Vaccine operations Central Provinces & Berar 1912-1920 - 1912-1920
Year: 1912
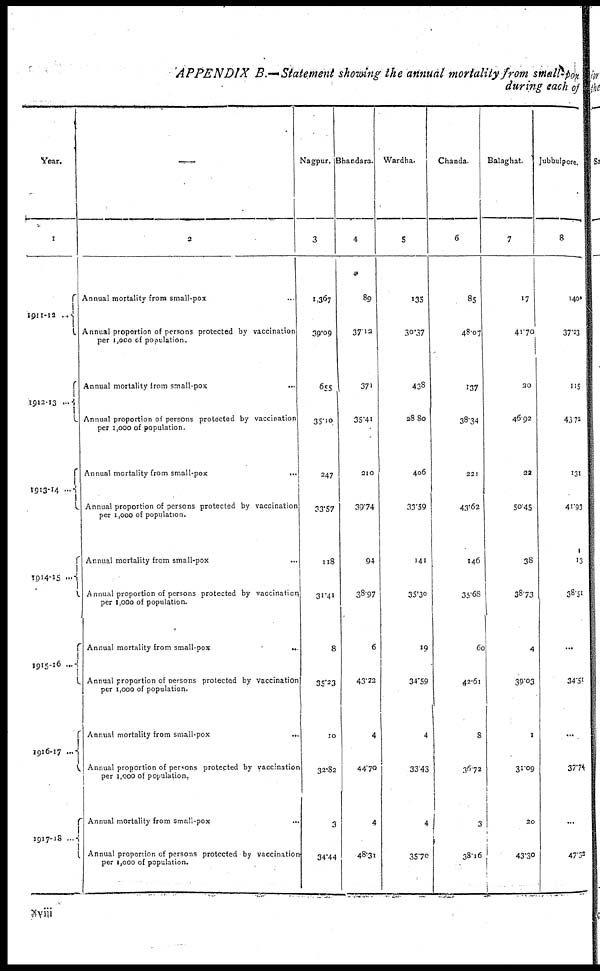
APPENDIX B.—Statement showing the annual mortality from small-pox
during each of
Year.
1
1911-12 ...
1912-13 ...
1913-14 ...
1914-15 ...
1915-16 ...
1916-17 ...
1917-18 ...
2
Annual mortality from small-pox ...
Annual proportion of persons protected by vaccination
per 1,000 of population.
Annual mortality from small-pox ...
Annual proportion of persons protected by vaccination
per 1,000 of population.
Annual mortality from small-pox
...
Annual proportion of persons protected by vaccination
per 1,000 of population.
Annual mortality from small-pox
Annual proportion of persons protected by vaccination,
per 1,000 of population.
Annual mortality from small-pox
...
Annual proportion of persons protected by vaccination
per 1,000 of population.
Annual mortality from small-pox
...
Annual proportion of persons protected by vaccination
per 1,000 of population.
Annual mortality from small-pox ...
Annual proportion of persons protected by vaccination
per 1,000 of population.
Nagpur.
3
1,367
39.09
655
35.10
247
33.57
118
31.41
8
35.23
10
32.82
3
34.44
Bhandara.
4
89
37.13
371
35.41
210
39.74
94
33.97
6
43.22
4
44.70
4
48.31
Wardha.
5
135
30.37
438
28.80
406
33.59
141
35.30
19
34.59
4
33.43
4
35.70
Chanda.
6
85
48.07
137
38.34
221
43.62
146
35.68
60
42.61
8
36.72
3
38.16
Balaghat.
7
17
41.70
30
46.92
22
50.45
38
38.73
4
39.03
1
31.09
20
43.30
Jubbulpore.
8
1400
37.23
115
43.72
131
41.93
13
38.51
...
34.51
...
37.74
...
47.33
xviii